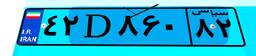
۶۴D۲۳۰۶۴